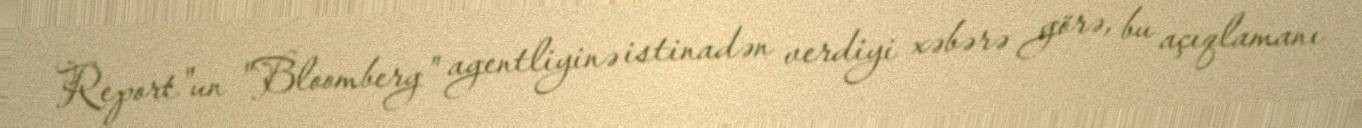
Report"un "Bloomberg" agentliyinə istinadən verdiyi xəbərə görə, bu açıqlamanı